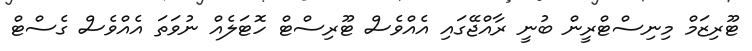
ޓޫރިޒަމް މިނިސްޓްރީން ބުނީ ރާއްޖޭގައި އެއްވެސް ޓޫރިސްޓް ހޮޓަލެއް ނުވަތަ އެއްވެސް ގެސްޓް